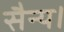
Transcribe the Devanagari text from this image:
सैन्य।